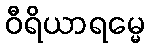
ဝီရိယာရမ္မေ